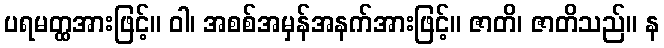
ပရမတ္ထအားဖြင့်။ ဝါ၊ အစစ်အမှန်အနက်အားဖြင့်။ ဇာတိ၊ ဇာတိသည်။ န